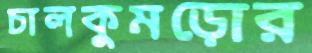
চালকুমড়োর